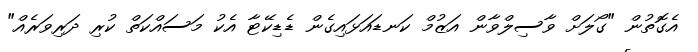
އެގޮތުން "ގޯލަށް ވާސިލްވާން އަޒުމް ކަނޑައަޅައިގެން ޑެޑިކޭޓާ އެކު މަސައްކަތް ކުރި ދަރިވަރެއް"